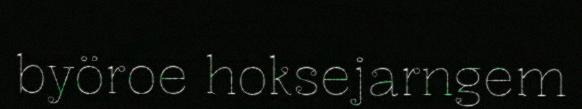
byöroe hoksejarngem